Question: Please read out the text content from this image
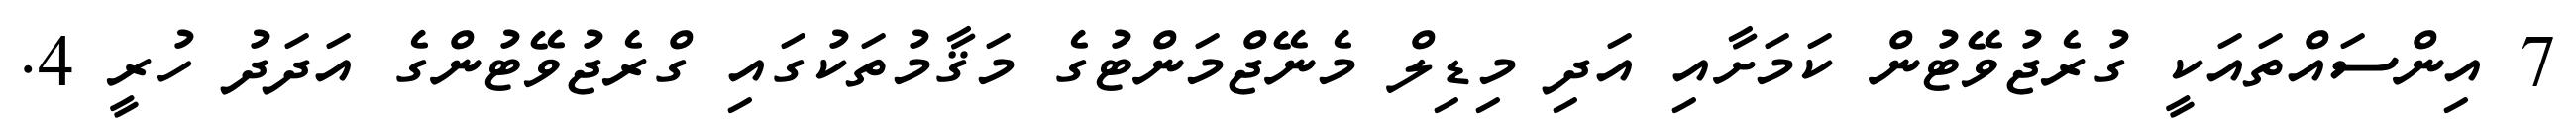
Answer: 7 އިންސައްތައަކީ ގުރެޖުވޭޓުން ކަމަށާއި އަދި މިޑިލް މެނޭޖްމަންޓުގެ މަޤާމުތަކުގައި ގްރެޖުވޭޓުންގެ އަދަދު ހުރީ 4.